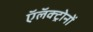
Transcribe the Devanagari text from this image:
ऍलॅक्ट्रोनों